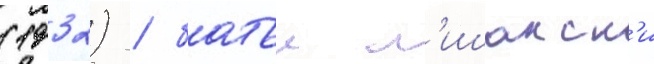
(1932) / батьи л'ишанск'и